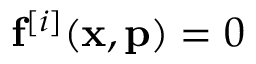
\mathbf { f } ^ { [ i ] } ( \mathbf { x } , \mathbf { p } ) = 0